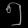
Digit: ၅